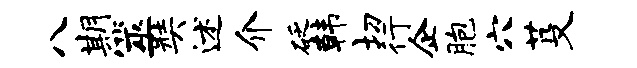
八期筮奘述介砭韩切行企胞穴芟